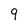
Character: q